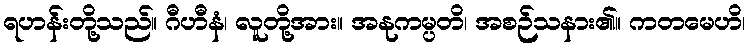
ရဟန်းတို့သည်။ ဂီဟီနံ၊ လူတို့အား။ အနုကမ္ပတိ၊ အစဉ်သနား၏။ ကတမေဟိ၊